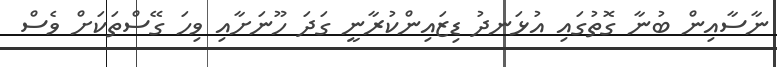
ނާސާއިން ބުނާ ގޮތުގައި އުޅަނދު ޑިޒައިންކުރާނީ ގަދަ ހޫނަށާއި ވިހަ ގޭސްތަކަށް ވެސް